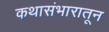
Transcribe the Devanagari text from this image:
कथासंभारातून